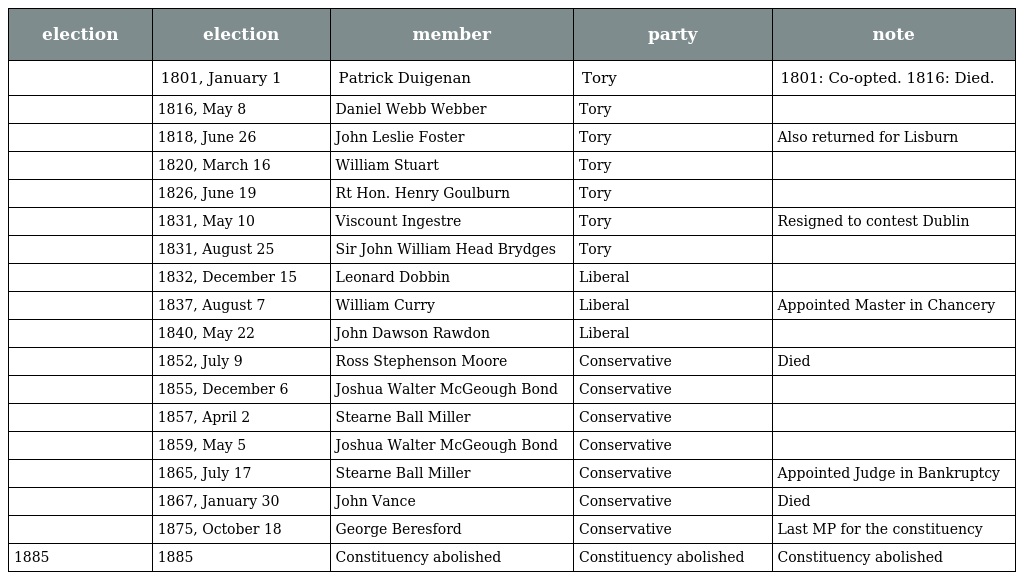
| election | election | member | party | note |
 | --- | --- | --- | --- | --- |
 |  | 1801, January 1 | Patrick Duigenan | Tory | 1801: Co-opted. 1816: Died. |
 |  | 1816, May 8 | Daniel Webb Webber | Tory |  |
 |  | 1818, June 26 | John Leslie Foster | Tory | Also returned for Lisburn |
 |  | 1820, March 16 | William Stuart | Tory |  |
 |  | 1826, June 19 | Rt Hon. Henry Goulburn | Tory |  |
 |  | 1831, May 10 | Viscount Ingestre | Tory | Resigned to contest Dublin |
 |  | 1831, August 25 | Sir John William Head Brydges | Tory |  |
 |  | 1832, December 15 | Leonard Dobbin | Liberal |  |
 |  | 1837, August 7 | William Curry | Liberal | Appointed Master in Chancery |
 |  | 1840, May 22 | John Dawson Rawdon | Liberal |  |
 |  | 1852, July 9 | Ross Stephenson Moore | Conservative | Died |
 |  | 1855, December 6 | Joshua Walter McGeough Bond | Conservative |  |
 |  | 1857, April 2 | Stearne Ball Miller | Conservative |  |
 |  | 1859, May 5 | Joshua Walter McGeough Bond | Conservative |  |
 |  | 1865, July 17 | Stearne Ball Miller | Conservative | Appointed Judge in Bankruptcy |
 |  | 1867, January 30 | John Vance | Conservative | Died |
 |  | 1875, October 18 | George Beresford | Conservative | Last MP for the constituency |
 | 1885 | 1885 | Constituency abolished | Constituency abolished | Constituency abolished |